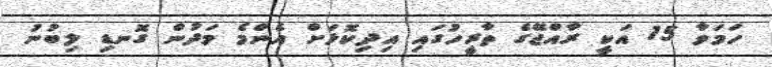
ހަމަވާ 15 އަކީ ރާއްޖޭގެ ތާރީހުގައި އިދިކޮޅަށް އެންމެ މަދުން ގޮނޑި ލިބުނު